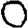
Digit: 0